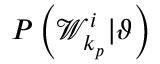
P \left( \mathcal { W } _ { k _ { p } } ^ { i } | \vartheta \right)